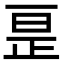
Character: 𫠱